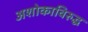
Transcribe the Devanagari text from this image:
अशोकाविरुद्ध